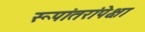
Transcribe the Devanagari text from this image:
रूपांतरांपेक्षा